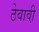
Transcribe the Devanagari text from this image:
ठेवावी़